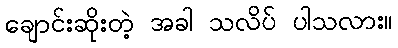
ချောင်းဆိုးတဲ့ အခါ သလိပ် ပါသလား။